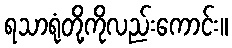
ရသာရုံတို့ကိုလည်းကောင်း။